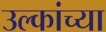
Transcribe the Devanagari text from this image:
उल्कांच्या